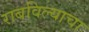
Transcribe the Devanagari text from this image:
राबविल्याचा